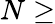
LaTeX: N\geq